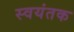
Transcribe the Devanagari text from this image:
स्‍वयंतक